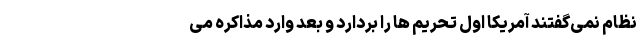
نظام نمی‌گفتند آمریکا اول تحریم ها را بردارد و بعد وارد مذاکره می